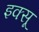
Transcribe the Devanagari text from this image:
इक्सू